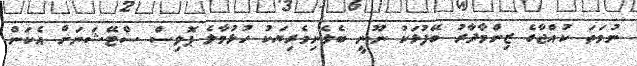
ނުވަތަ ކުއްޖާގެ ޒިންމާދާރު ބޭފުޅަކު ނޫނީ ބެލެނިވެރިޔަކު ހުޅުމާލެ ޕޮލިސް ސްޓޭޝަނަށް އެކަން